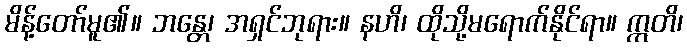
မိန့်တော်မူ၏။ ဘန္တေ၊ အရှင်ဘုရား။ နဟိ၊ ထိုသို့မရောက်နိုင်ရာ။ ဣတိ၊